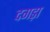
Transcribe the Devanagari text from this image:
दगड़ा